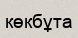
көкбұта